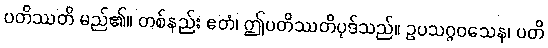
ပတိဿတိ မည်၏။ တစ်နည်း ဧတံ၊ ဤပတိဿတိပုဒ်သည်။ ဥပသဂ္ဂဝသေန၊ ပတိ